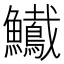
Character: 𩽠